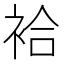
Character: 袷